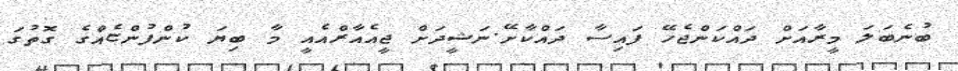
ބުނެބަލަ މީރާއަށް ދައްކަންޖެހޭ ފައިސާ ދައްކާށޭ.ނަޝީދަށް ޖީއެއާރްއެއީ މާ ބިޔަ ކުންފުންޏެއްގެ ގޮތުގަ